Scottish Certificate of Education, 1963
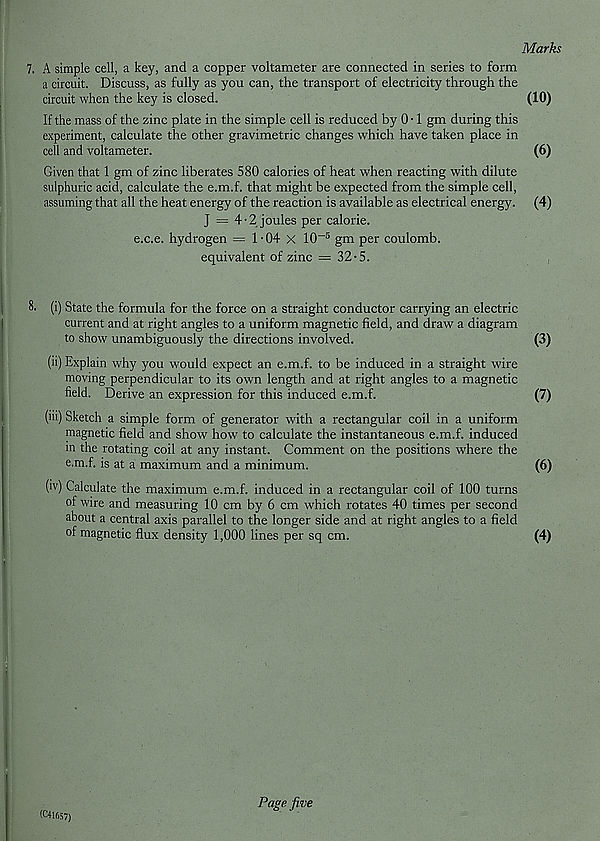
Marks
7. A simple cell, a key, and a copper voltameter are connected in series to form
a circuit. Discuss, as fully as you can, the transport of electricity through the
circuit when the key is closed.
(10)
If the mass of the zinc plate in the simple cell is reduced by 0 • 1 gm during this
experiment, calculate the other gravimetric changes which have taken place in
cell and voltameter.
(6)
Given that 1 gm of zinc liberates 580 calories of heat when reacting with dilute
sulphuric acid, calculate the e.m.f. that might be expected from the simple cell,
assuming that all the heat energy of the reaction is available as electrical energy. (4)
J = 4-2 joules per calorie,
e.c.e. hydrogen = 1 -04 X 10 -5 gm per coulomb,
equivalent of zinc = 32-5.
8. (i) State the formula for the force on a straight conductor carrying an electric
current and at right angles to a uniform magnetic field, and draw a diagram
to show unambiguously the directions involved.
(3)
(ii) Explain why you would expect an e.m.f. to be induced in a straight wire
moving perpendicular to its own length and at right angles to a magnetic
field. Derive an expression for this induced e.m.f.
(7)
(iii) Sketch a simple form of generator with a rectangular coil in a uniform
magnetic field and show how to calculate the instantaneous e.m.f. induced
in the rotating coil at any instant. Comment on the positions where the
e.m.f. is at a maximum and a minimum.
(6)
(iv) Calculate the maximum e.m.f. induced in a rectangular coil of 100 turns
of wire and measuring 10 cm by 6 cm which rotates 40 times per second
about a central axis parallel to the longer side and at right angles to a field
of magnetic flux density 1,000 lines per sq cm.
(4)
(041657)
Page five